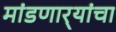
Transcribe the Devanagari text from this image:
मांडणार्‍यांचा